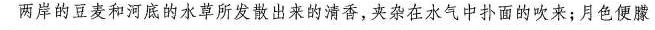
两岸的豆麦和河底的水草所发散出来的清香，夹杂在水气中扑面的吹来；月色便朦胧